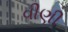
વીણી